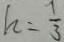
h = \frac { 1 } { 3 }